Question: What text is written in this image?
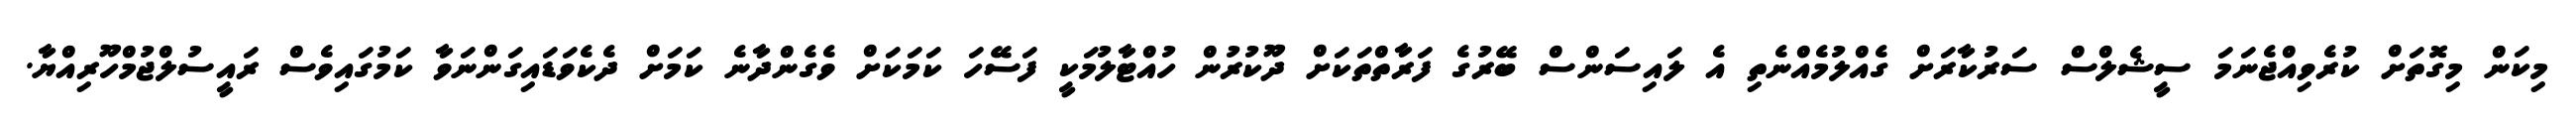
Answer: މިކަން މިގޮތަށް ކުރެވިއްޖެނަމަ ސީޝެލްސް ސަރުކާރަށް ގެއްލުމެއްނެތި އެ ލައިސަންސް ބޭރުގެ ފަރާތްތަކަށް ދޫކުރުން ހުއްޓާލުމަކީ ފަސޭހަ ކަމަކަށް ވެގެންދާނެ ކަމަށް ދެކެވަޑައިގަންނަވާ ކަމުގައިވެސް ރައީސުލްޖުމްހޫރިއްޔާ.